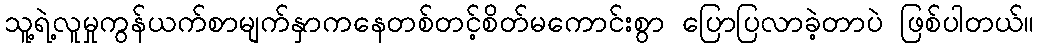
သူ့ရဲ့လူမှုကွန်ယက်စာမျက်နှာကနေတစ်တင့်စိတ်မကောင်းစွာ ပြောပြလာခဲ့တာပဲ ဖြစ်ပါတယ်။